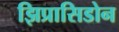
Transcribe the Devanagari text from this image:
झिप्रासिडोन